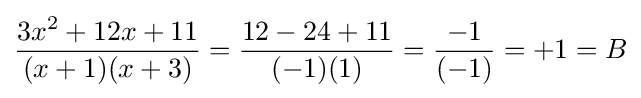
{\frac {3x^{2}+12x+11}{(x+1)(x+3)}}={\frac {12-24+11}{(-1)(1)}}={\frac {-1}{(-1)}}=+1=B